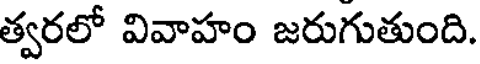
త్వరలో వివాహం జరుగుతుంది.